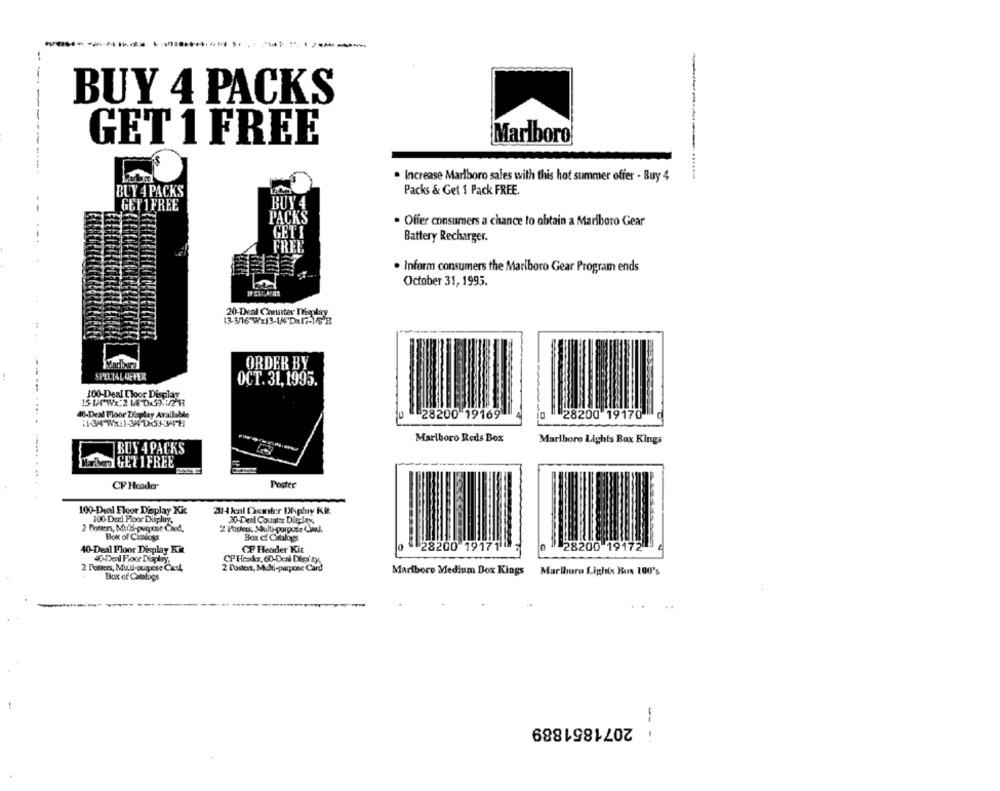
BUY 4 PACKS
GET 1 FREE
Marlboro
. Increase Marlboro sales with this hot summer offer - Buy 4
Packs & Get 1 Pack FREE.
BUY 4 PACKS
GET1 FREE
. Offer consumers a chance to obtain a Marlboro Gear
Battery Recharger.
. Inform consumers the Marlboro Gear Program ends
October 31, 1995.
20-Deal Conater Miaplay
13-3/16 Wx13-14Dx17-1/6 H
ORDER BY
SPECIAL OFFER
OCT. 31,1995.
100-Deal Eloor Display
15-LAT"Wx:2 L& DKS9-1/2-HA
40-Deal Floor Display Available
-28200 19169
28200 19170
Marlboro Reds Box
Marlboro Lights Box Kings
BUS 4 PACKS
M.L. GET 1 FREE
CF Header
Poster
100-Deal Floor Display Kit
334 kal Casmiler Display Kit
100 Deel Floor Display,
20-Deal Counter Dieplas
2 Posters, Mu's-purpose Card,
Bok of Camioss
28200 19171"
28200 19172
10-Deal Floor Display Kit
CP Header Kit
40-Deal Floor Display.
CP Header, 60-Deal Disp EX.
2 Fosters, Mul-purpose Cal,
2 Coders, Multi-purpose Card
Maribore Medium Dox Kings
Marlboro Lighis Hux 100's
Box of Catalogs
2071851889
--
..